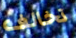
تخالف